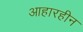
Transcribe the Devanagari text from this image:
आहारहीन